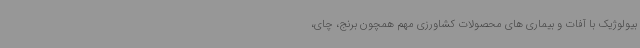
بیولوژیک با آفات و بیماری های محصولات کشاورزی مهم همچون برنج، چای،